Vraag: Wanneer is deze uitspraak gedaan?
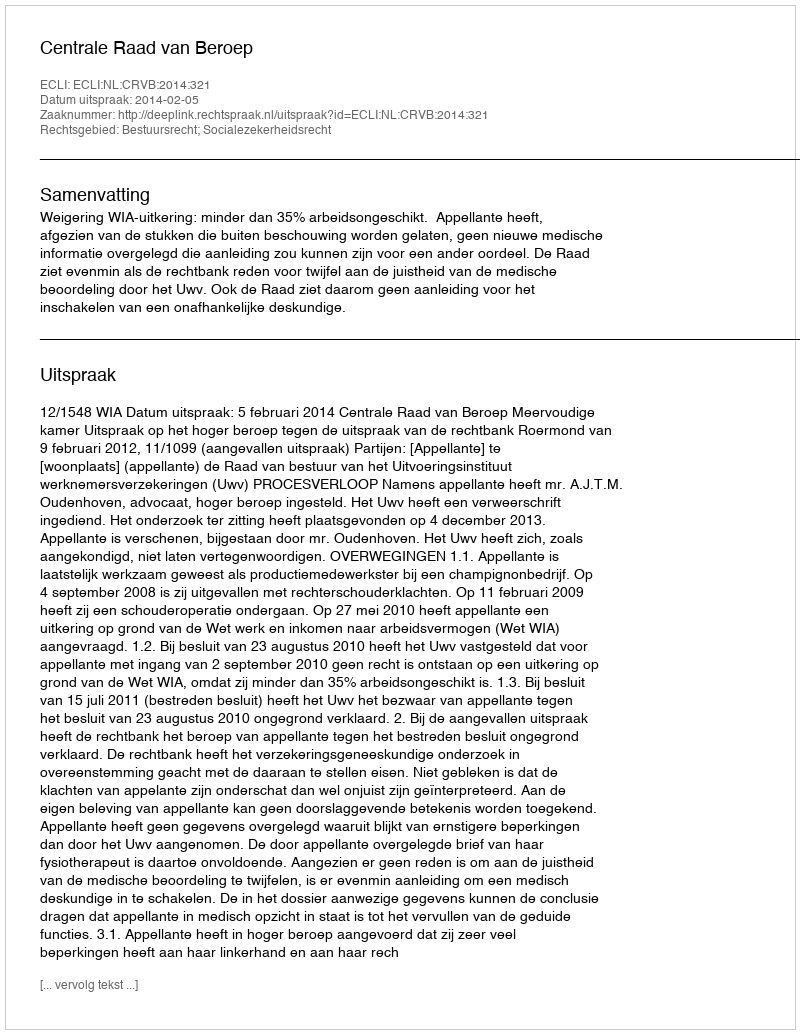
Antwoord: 2014-02-05